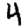
Digit: 4